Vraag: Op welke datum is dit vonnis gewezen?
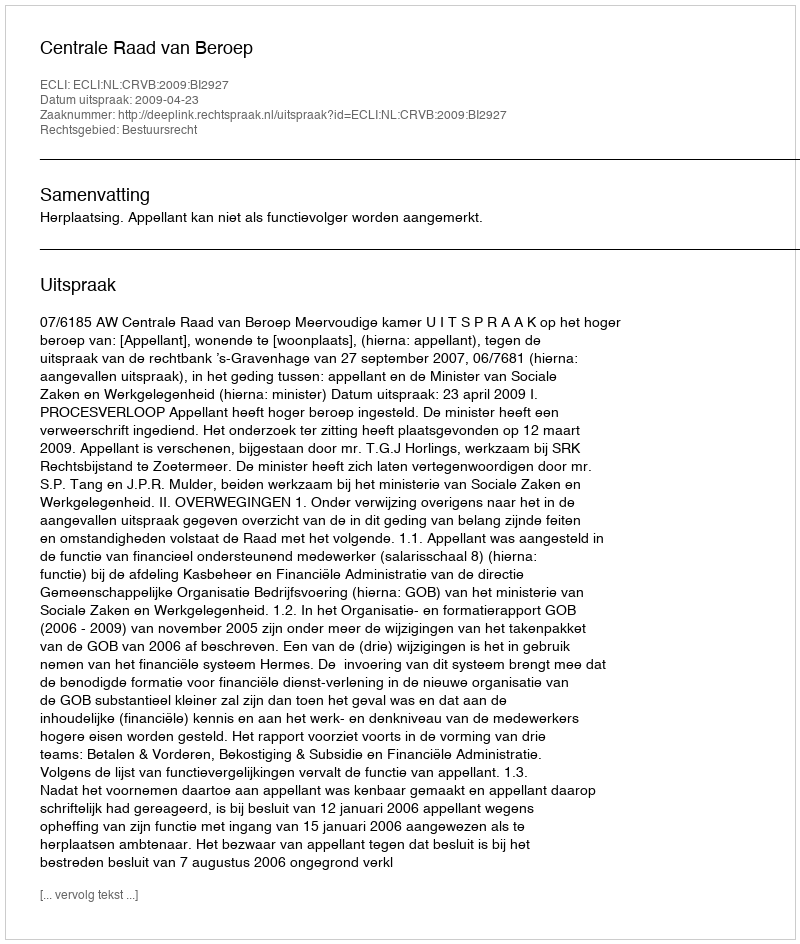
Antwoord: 2009-04-23